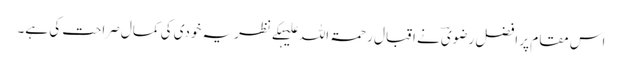
اس مقام پر افضل رضویؔ نے اقبال رحمۃ اللہ علیہکے نظریہ خودی کی کمال صراحت کی ہے۔